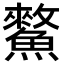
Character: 𩻯